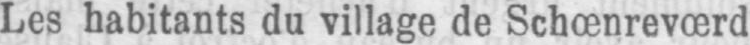
Les habitants du village de Schœnrevœrd